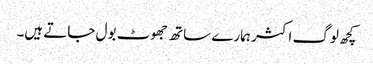
کچھ لوگ اکثر ہمارے ساتھ جھوٹ بول جاتے ہیں۔